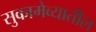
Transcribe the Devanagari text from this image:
सुकामेव्यातील